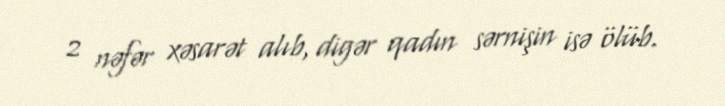
2 nəfər xəsarət alıb, digər qadın sərnişin isə ölüb.